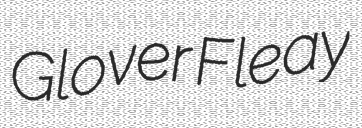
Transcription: Glover Fleay